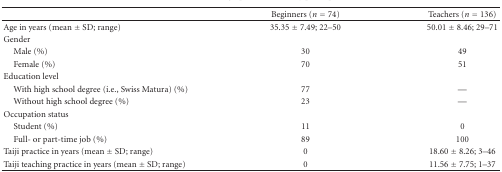
<table><thead><tr><td><b> </b></td><td><b>Beginners (<i>n</i> = 74)</b></td><td><b>Teachers (<i>n</i> = 136)</b></td></tr></thead><tbody><tr><td>Age in years (mean ± SD; range)</td><td>35.35 ± 7.49; 22–50</td><td>50.01 ± 8.46; 29–71 </td></tr><tr><td>Gender</td><td> </td><td> </td></tr><tr><td> Male (%)</td><td>30</td><td>49</td></tr><tr><td> Female (%)</td><td>70</td><td>51</td></tr><tr><td>Education level</td><td> </td><td> </td></tr><tr><td> With high school degree (i.e., Swiss Matura) (%)</td><td>77</td><td>—</td></tr><tr><td> Without high school degree (%)</td><td>23</td><td>—</td></tr><tr><td>Occupation status</td><td> </td><td> </td></tr><tr><td> Student (%)</td><td>11</td><td>0</td></tr><tr><td> Full- or part-time job (%)</td><td>89</td><td>100</td></tr><tr><td>Taiji practice in years (mean ± SD; range)</td><td>0</td><td>18.60 ± 8.26; 3–46</td></tr><tr><td>Taiji teaching practice in years (mean ± SD; range)</td><td>0</td><td>11.56 ± 7.75; 1–37</td></tr></tbody></table>